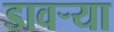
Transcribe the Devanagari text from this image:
डावर्‍या